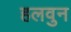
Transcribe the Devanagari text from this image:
हलवुन